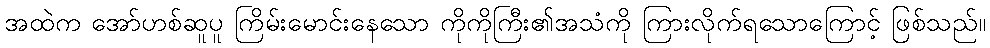
အထဲက အော်ဟစ်ဆူပူ ကြိမ်းမောင်းနေသော ကိုကိုကြီး၏အသံကို ကြားလိုက်ရသောကြောင့် ဖြစ်သည်။